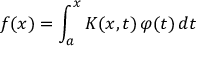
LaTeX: f ( x ) = \int _ { a } ^ { x } K ( x , t ) \, \varphi ( t ) \, d t